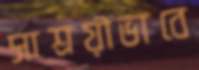
সাশ্রয়ীভাবে